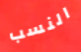
النسب